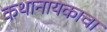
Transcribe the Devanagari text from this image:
कथानायकाचा